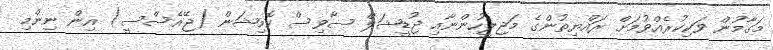
މަގާމުން ވަކިކުރެއްވުމަށް ރައްޔިތުންގެ މަޖިލީހުންނާއި ޖުޑީޝަލް ސާވިސް ކޮމިޝަން (ޖޭއެސްސީ) އިން ނިންމި